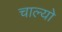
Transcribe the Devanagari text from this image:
चाल्यो